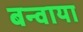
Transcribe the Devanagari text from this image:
बन्वाया